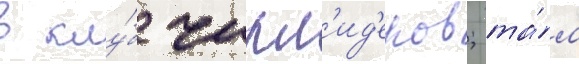
в клу́б чирл'ид'еров; та́м